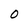
Character: O